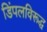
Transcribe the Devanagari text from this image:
डिंपलविरूद्ध